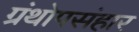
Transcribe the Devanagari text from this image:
ग्रंथोपसंहार